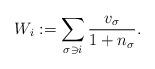
LaTeX: \begin{align*} W_i:=\sum_{\sigma\ni i}\frac{v_\sigma}{1+n_\sigma}.\end{align*}